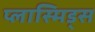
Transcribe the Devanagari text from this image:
प्लास्मिड्स